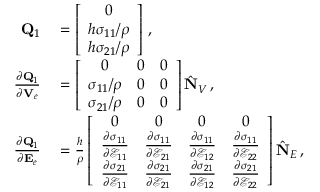
\begin{array} { r l } { { \bf Q } _ { 1 } } & { { } = \left[ \begin{array} { c } { 0 } \\ { h \sigma _ { 1 1 } / \rho } \\ { h \sigma _ { 2 1 } / \rho } \end{array} \right] \, , } \\ { \frac { \partial { \bf Q } _ { 1 } } { \partial { \bf V } _ { e } } } & { { } = \left[ \begin{array} { c c c } { 0 } & { 0 } & { 0 } \\ { \sigma _ { 1 1 } / \rho } & { 0 } & { 0 } \\ { \sigma _ { 2 1 } / \rho } & { 0 } & { 0 } \end{array} \right] \hat { \bf N } _ { V } \, , } \\ { \frac { \partial { \bf Q } _ { 1 } } { \partial { \bf E } _ { e } } } & { { } = \frac { h } { \rho } \left[ \begin{array} { c c c c } { 0 } & { 0 } & { 0 } & { 0 } \\ { \frac { \partial \sigma _ { 1 1 } } { \partial \mathcal { E } _ { 1 1 } } } & { \frac { \partial \sigma _ { 1 1 } } { \partial \mathcal { E } _ { 2 1 } } } & { \frac { \partial \sigma _ { 1 1 } } { \partial \mathcal { E } _ { 1 2 } } } & { \frac { \partial \sigma _ { 1 1 } } { \partial \mathcal { E } _ { 2 2 } } } \\ { \frac { \partial \sigma _ { 2 1 } } { \partial \mathcal { E } _ { 1 1 } } } & { \frac { \partial \sigma _ { 2 1 } } { \partial \mathcal { E } _ { 2 1 } } } & { \frac { \partial \sigma _ { 2 1 } } { \partial \mathcal { E } _ { 1 2 } } } & { \frac { \partial \sigma _ { 2 1 } } { \partial \mathcal { E } _ { 2 2 } } } \end{array} \right] \hat { \bf N } _ { E } \, , } \end{array}